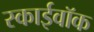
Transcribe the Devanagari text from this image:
स्काईवॉक